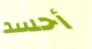
أحسد